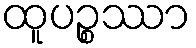
ထူပဉ္စဿာ